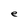
Character: e